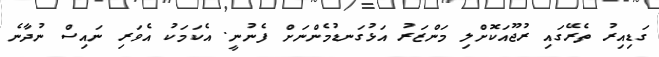
ގަޑިއިރު ތެރޭގައި ރުޖޫއަކޮށްލި މަންޒަރު އަޅުގަނޑުމެންނަށް ފެނުނީ. އެކަމަކު އެވަރި ނައިސް ނުދާނެ